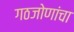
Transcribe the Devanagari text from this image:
गठजोणांचा